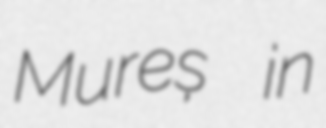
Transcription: Mureș in